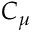
C _ { \mu }